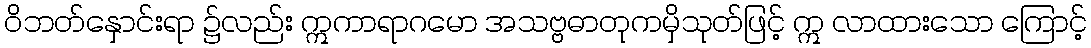
ဝိဘတ်နှောင်းရာ ၌လည်း ဣကာရာဂမော အသဗ္ဗဓာတုကမှိသုတ်ဖြင့် ဣ လာထားသော ကြောင့်